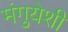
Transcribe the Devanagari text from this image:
मंगुयेशी